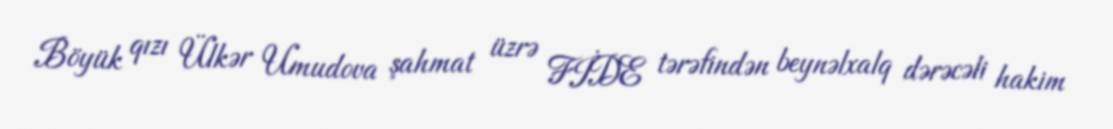
Böyük qızı Ülkər Umudova şahmat üzrə FİDE tərəfindən beynəlxalq dərəcəli hakim